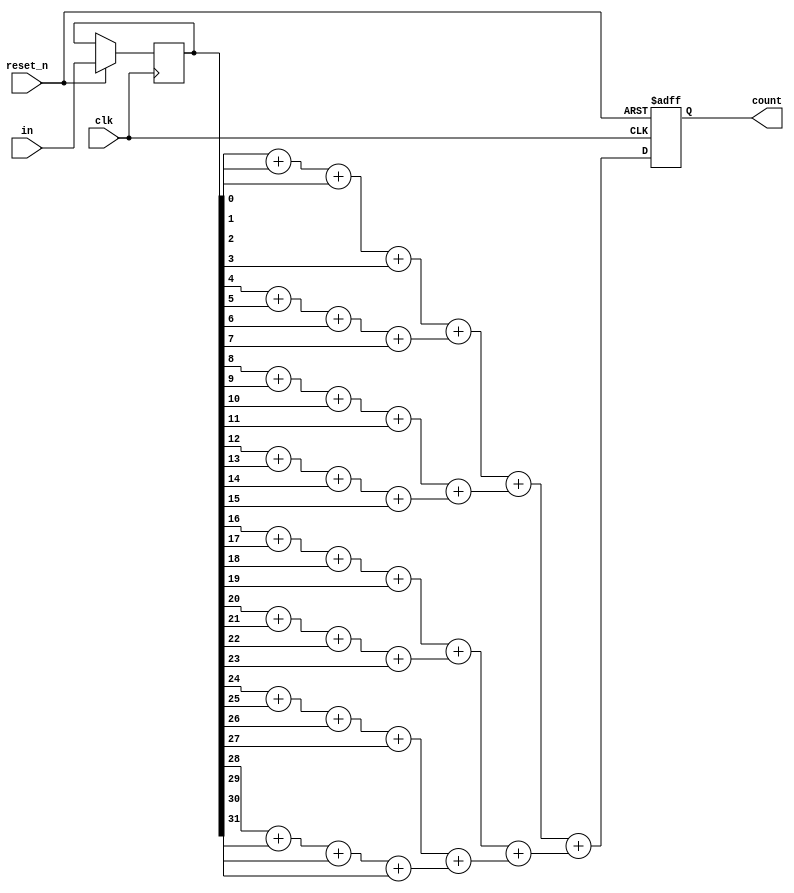
module count_ones (clk, in, count, reset_n);
  input             clk;
  input      [31:0] in;
  reg        [31:0] d;
  output reg  [5:0] count;
  input reset_n;

  always @ (posedge clk or negedge reset_n) begin
    if(!reset_n)
      count <= 6'd0;
    else begin
    d <= in;
    count <= (((d[ 0] + d[ 1] + d[ 2] + d[ 3]) + (d[ 4] + d[ 5] + d[ 6] + d[ 7]))
          +  ((d[ 8] + d[ 9] + d[10] + d[11]) + (d[12] + d[13] + d[14] + d[15])))
          + (((d[16] + d[17] + d[18] + d[19]) + (d[20] + d[21] + d[22] + d[23]))
          +  ((d[24] + d[25] + d[26] + d[27]) + (d[28] + d[29] + d[30] + d[31])));
    end
  end
endmodule